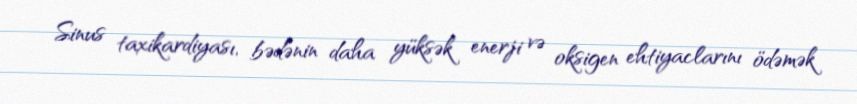
Sinus taxikardiyası, bədənin daha yüksək enerji və oksigen ehtiyaclarını ödəmək